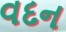
વદન